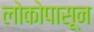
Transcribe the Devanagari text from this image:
लोकोपासून